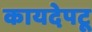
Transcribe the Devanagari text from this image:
कायदेपटू